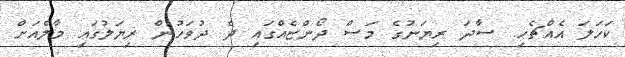
ކަހަލަ އެއްޗެހި. ސާދަ ރިޔަނުގެ މަސް ދޯންޏެއްގައި ދެ ދުވަހުން ރިޔަލުގައި މާލެއަށް